Report of the Indian Hemp Drugs Commission, 1894-1895 - Volume VII
Year: 1894
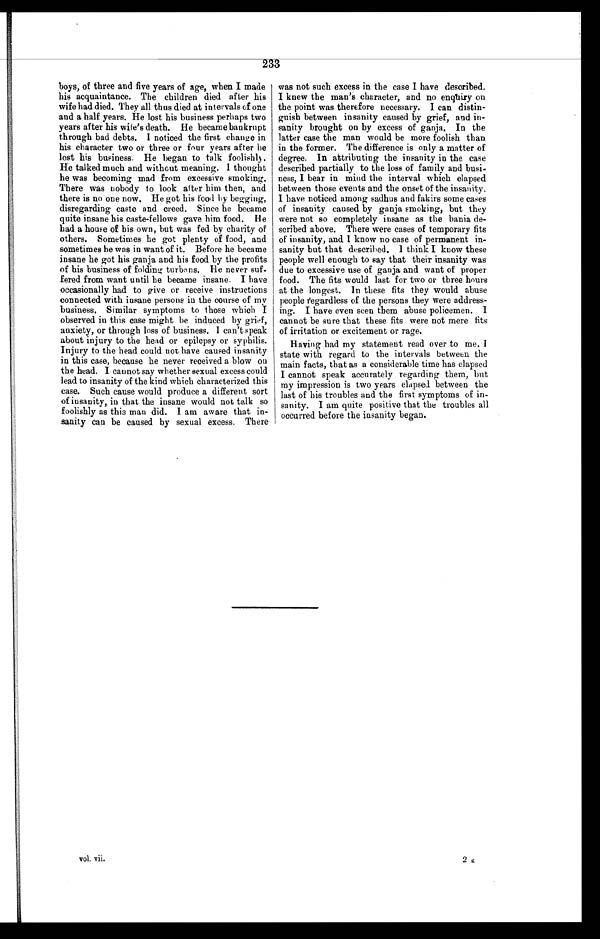
233
boys, of three and five years of age, when I made
his acquaintance. The children died after his
wife had died. They all thus died at intervals of one
and a half years. He lost his business perhaps two
years after his wife's death. He became bankrupt
through bad debts. I noticed the first change in
his character two or three or four years after he
lost his business. He began to talk foolishly
He talked much and without meaning. I thought
he was becoming mad from excessive smoking.
There was nobody to look after him then, and
there is no one now. He got his food by begging,
disregarding caste and creed. Since he became
quite insane his caste-fellows gave him food. He
bad a house of his own, but was fed by charity of
others. Sometimes he got plenty of food, and
sometimes he was in want of it. Before he became
insane he got his ganja and his food by the profits
of his business of folding turbans. He never suf-
fered from want until he became insane. I have
occasionally had to give or receive instructions
connected with insane persons in the course of my
business. Similar symptoms to those which I
observed in this case might be induced by grief,
anxiety, or through loss of business. I can't speak
about injury to the head or epilepsy or syphilis.
Injury to the head could not have caused insanity
in this case, because he never received a blow on
the head. I cannot say whether sexual excess could
lead to insanity of the kind which characterized this
case. Such cause would produce a different sort
of insanity, in that the insane would not talk so
foolishly as this man did. I am aware that in-
sanity can be caused by sexual excess. There
was not such excess in the case I have described.
I knew the man's character, and no enquiry on
the point was therefore necessary. I can distin-
guish between insanity caused by grief, and in-
sanity brought on by excess of ganja. In the
latter case the man would be more foolish than
in the former. The difference is only a matter of
degree. In attributing the insanity in the case
described partially to the loss of family and busi-
ness, I bear in mind the interval which elapsed
between those events and the onset of the insanity.
I have noticed among sadhus and fakirs some cases
of insanity caused by ganja smoking, but they
were not so completely insane as the bania de-
scribed above. There were cases of temporary fits
of insanity, and I know no case of permanent in-
sanity but that described. I think I know these
people well enough to say that their insanity was
due to excessive use of ganja and want of proper
food. The fits would last for two or three hours
at the longest. In these fits they would abuse
people regardless of the persons they were address-
ing. I have even seen them abuse policemen. I
cannot be sure that these fits were not mere fits
of irritation or excitement or rage.
Having had my statement read over to me, I
state with regard to the intervals between the
main facts, that as a considerable time has elapsed
I cannot speak accurately regarding them, but
my impression is two years elapsed between the
last of his troubles and the first symptoms of in-
sanity. I am quite positive that the troubles all
occurred before the insanity began.